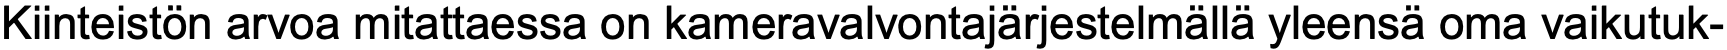
Kiinteistön arvoa mitattaessa on kameravalvontajärjestelmällä yleensä oma vaikutuk-